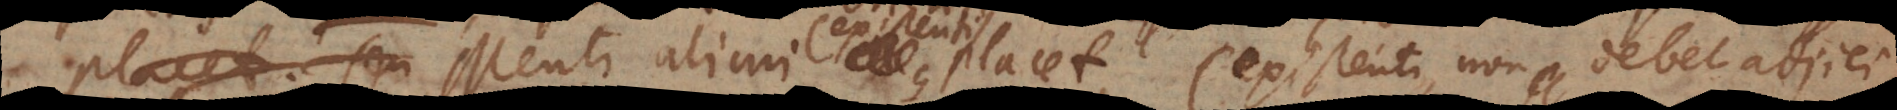
placet; seu Menti alicui placet (existenti, non debet adjici,